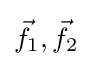
{\vec {f}}_{1},{\vec {f}}_{2}